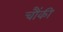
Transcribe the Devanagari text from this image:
चौंकी